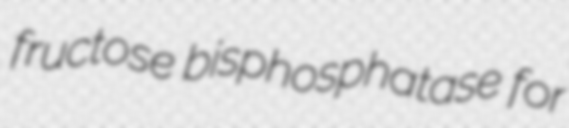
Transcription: fructose bisphosphatase for